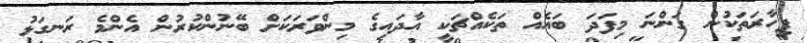
ފިހާރަތަކުން ގަންނަ މިފަދަ ބައެއް ތަކެއްޗަކީ އާދައިގެ މިންވަރަކަށް ބޭނުންކުރުން އެންމެ ރަނގަޅު